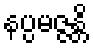
နပ္ပမဇ္ဇန္တိ